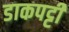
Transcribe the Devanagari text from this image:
डाकपट्टी